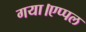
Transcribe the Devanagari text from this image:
गया।एप्पल